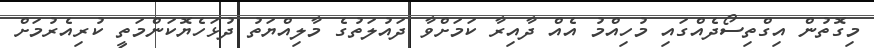
މިގޮތުން އިގްތިސޯދެއްގައި މުހިއްމު އެއް ދާއިރާ ކަމަށްވާ ދައުލަތުގެ މާލިއްޔަތު ދުޅަހެޔޮކަންމަތީ ކުރިއެރުމަށް